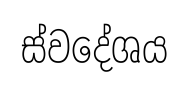
ස්වදේශය